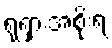
ရုရှားအစိုးရ